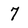
Character: 7